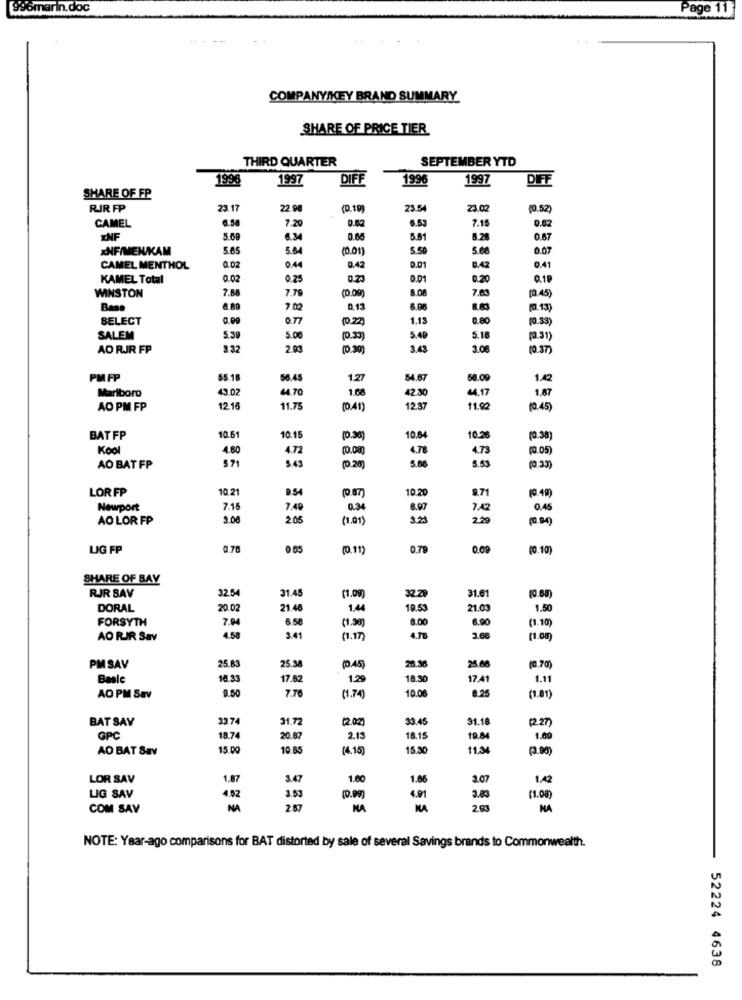
996marin.doc
Page 11
COMPANY/KEY BRAND SUMMARY
SHARE OF PRICE TIER
THIRD QUARTER
SEPTEMBER YTD
1996
1997
DIFF
1996
1997
DIFF
SHARE OF FP
RIR FP
23.17
22.98
(0.10)
23.54
23.00
0.52)
6.58
0.82
7.15
CAMEL
7.2
6.53
0.02
ENF
5.69
6.34
0.00
5.61
6.28
0.67
xNF/MENUKAM
5.65
5.64
1001
5.59
5.68
0.07
CAMEL MENTHOL
0.02
0.44
0.01
B.42
0.41
KAMEL Total
0.02
0.25
0.23
0.01
0.20
0.19
WINSTON
7.68
7.7
8.08
7.83
(0.45)
Base
6.89
700
8.13
6.08
8.83
10.13
SELECT
0.77
(0.22)
1.13
0.80
(0.33)
SALEM
5.30
5.00
(0.33)
5.49
5.18
(0.31)
AO RJR FP
3.32
(0.30)
3.43
3.08
(0.37)
PM FP
55.18
56.45
1.27
84.67
58.09
1.42
Marlboro
43.02
44.70
1.68
42.3
4.17
1.67
AO PM FP
12.18
11.75
(0.41)
12.3
11.92
(0.45
BAT FP
10.61
10.15
(0.38)
10.8
10.2
(0.38)
Kool
4.80
4.72
4.78
4.73
(0.05)
5.7
5.43
5.80
5.53
AO BAT FP
(0.20
(0.33
LOR FP
10.21
D.54
10.2
9.71
0.49)
Newport
7.15
7.49
0.34
8.07
7.42
0.45
AO LOR FP
3.08
205
(1.01)
(0.94)
LIG FP
0.70
(0.11)
0.79
0.09
(0.10)
SHARE OF BAY
RJR SAV
32.54
31.45
(1.09
32.29
31.6
DORAL
20.02
21.4
1.44
19.53
21.0
1.50
FORSYTH
7.04
6.58
(1.30)
8.00
6.90
(1.1
AO RIR Sav
4.58
3.41
(1.17)
4.78
3.68
(1.00
25.83
25.0
PMSAV
25.38
(0.45)
28.38
Basic
16.33
17.62
1.29
18.30
17.41
1.11
9.50
7.70
10.0
8.25
AO PM Sav
(1.74)
(1.81)
BAT SAY
33 74
31.72
(202)
33.45
31.1
2.27)
GPC
18.74
20.8
2.13
18.15
19.84
1.00
AO BAT Sav
15.00
10.65
(4.15)
15.30
11.34
LOR SAV
1.87
3.47
1.60
1.08
3.07
1.42
4.91
LIG SAV
4.52
3.53
(0.00)
3.83
(1.08
COM SAV
NA
2.67
NA
NA
203
NA
NOTE: Year-ago comparisons for BAT distorted by sale of several Savings brands to Commonwealth.
52224 4638